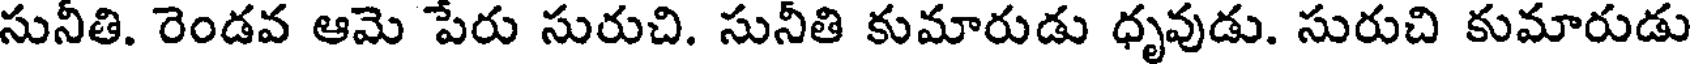
సునీతి. రెండవ ఆమె పేరు సురుచి. సునీతి కుమారుడు ధృవుడు. సురుచి కుమారుడు